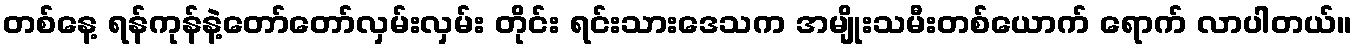
တစ်နေ့ ရန်ကုန်နဲ့တော်တော်လှမ်းလှမ်း တိုင်း ရင်းသားဒေသက အမျိုးသမီးတစ်ယောက် ရောက် လာပါတယ်။